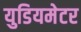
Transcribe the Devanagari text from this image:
युडियमेटर